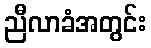
ညီလာခံအတွင်း